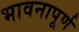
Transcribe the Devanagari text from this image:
भावनापूर्ण